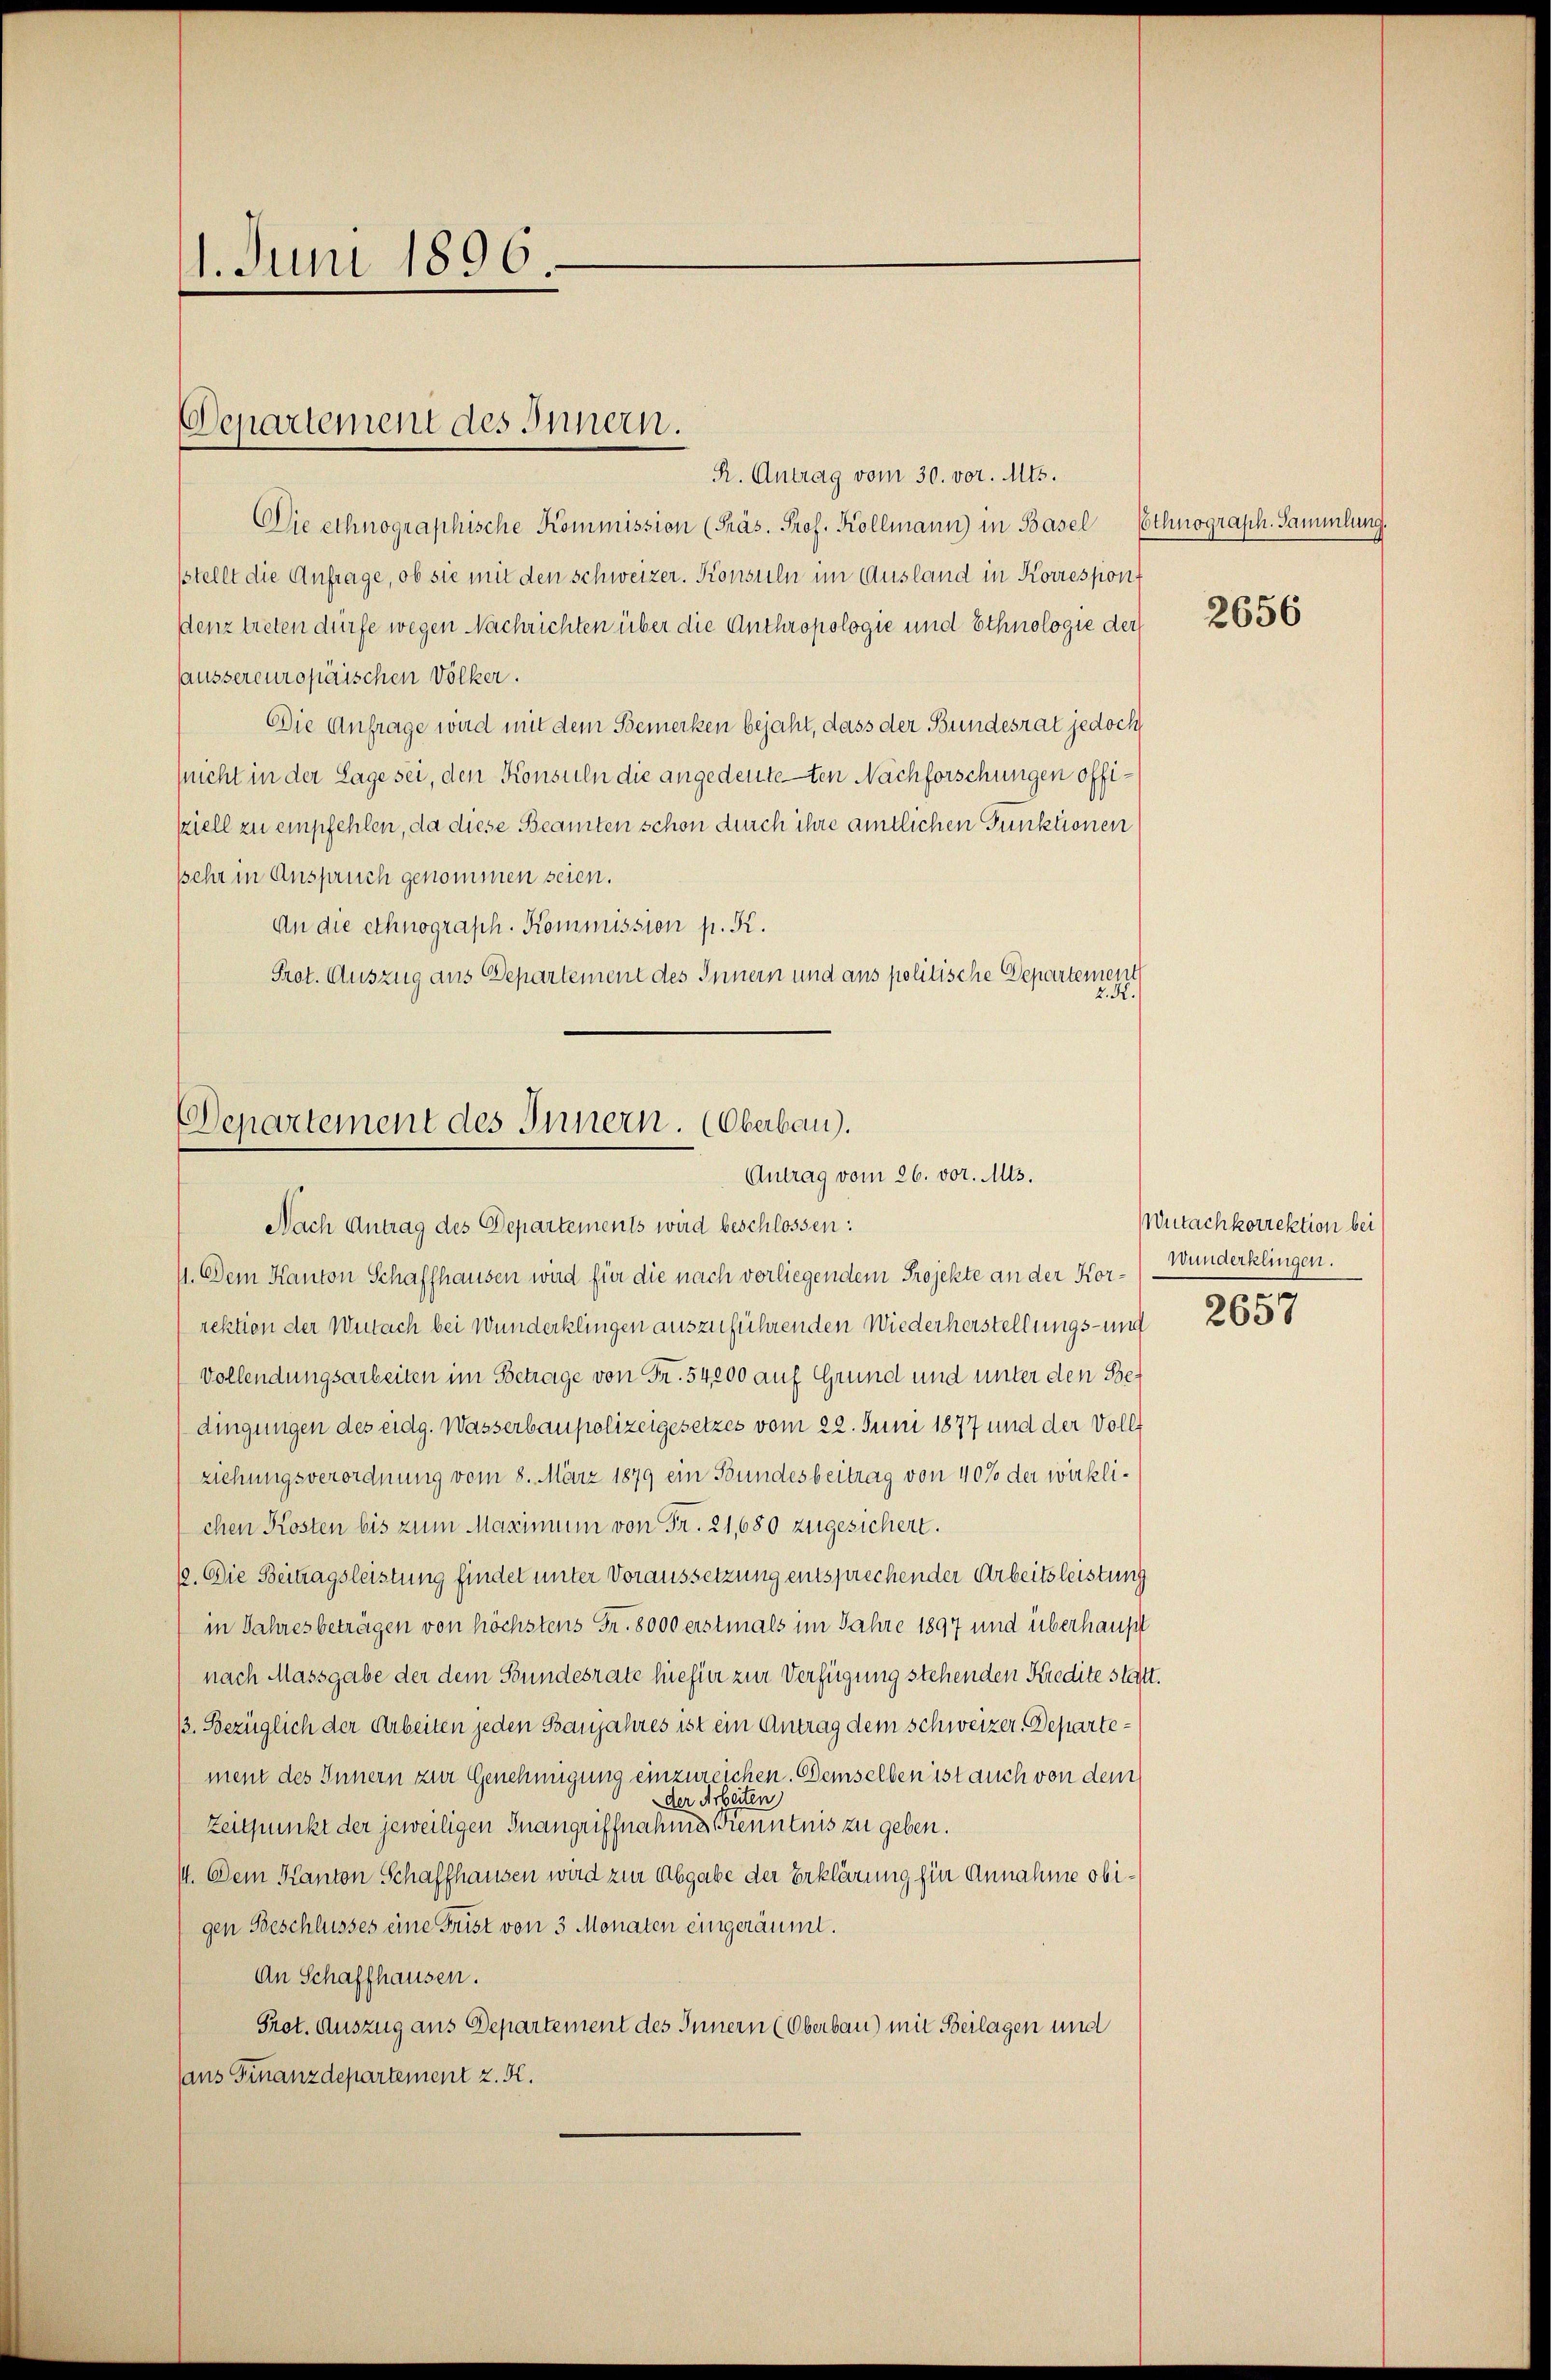
1. Juni 1896

Departement des Innern.

R. Antrag vom 30. vor. Mts.
Die ethnographische Kommission (Präs. Prof. Kollmann) in Basel Ethnograph. Sammlung.
stellt die Anfrage, ob sie mit den schweizer. Konsuln im Ausland in Korrespon
denz treten dürfe wegen Nachrichten über die Anthropologie und Ethnologie der
laussereuropäischen Völker.
Die Anfrage wird mit dem Bemerken bejaht, dass der Bundesrat jedoch
(nicht in der Lage sei, den Konsuln die angedeuteten Nachforschungen offisziell zu empfehlen, da diese Beamten schon durch ihre amtlichen Punktionen
sehr in Anspruch genommen seien.
An die ethnograph. Kommission p. K.
Prot. Auszug aus Departement des Innern und aus politische Departement
K.

Departement des Innern. (Oberbau).
Antrag vom 26. vor. Mts.

Nach Antrag des Departements wird beschlossen:
11. Dem Kanton Schaffhausen wird für die nach verliegendem Projekte an der Kor-) Wunderklingen.
rektion der Wutach bei Wunderklingen auszuführenden Wiederherstellungs- und
Vollendungsarbeiten im Betrage von Fr. 54,000 auf Grund und unter den Bedingungen des eidg. Wasserbaupolizeigesetzes vom 22. Juni 1877 und der Vollziehungsverordnung vom 8. März 1879 ein Bundesbeitrag von 40% der wirklichen Kosten bis zum Maximum von Fr. 21,680 zugesichert.
12. Die Beitragsleistung findet unter Voraussetzung entsprechender Arbeitsleistung
in Jahresbeträgen von höchstens Fr. 8000 erstmals im Jahre 1897 und überhaupt
nach Massgabe der dem Stundesrate hiefier zur Verfügung stehenden Kredite statt.
/3. Bezüglich der Arbeiten jeden Banjahres ist ein Antrag dem Schweizer-Departement des Innern zur Genehmigung einzureichen. Demselben ist auch von dem
der Arbeiten
Zeitpunkt der jeweiligen Inangriffnahme Kenntnis zu geben.
14. Dem Kanton Schaffhausen wird zur Abgabe der Erklärung hier Annahme obigen Beschlusses eine Frist von 3 Monaten eingeräumt.
An Schaffhausen.
Prot. Auszug aus Departement des Innern (Oberbau) mit Beilagen und
ans Finanzdepartement z. K.

2656

Wutachkorrektion bei
e

2637